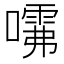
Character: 𱔺